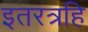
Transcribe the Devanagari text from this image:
इतरत्रहि